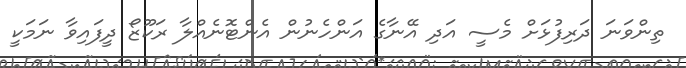
ތިންވަނަ ދަރިފުޅަށް މެސީ އަދި އޭނާގެ އަންހެނުން އެންޓޮނެއްލާ ރަކޫޒޯ ދީފައިވާ ނަމަކީ